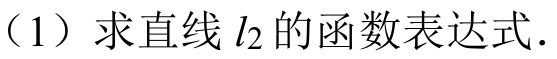
（1）求直线\(l_{2}\)的函数表达式.